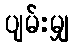
ပျမ်းမျှ